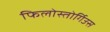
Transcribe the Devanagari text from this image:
फिलोस्तोर्गिउस